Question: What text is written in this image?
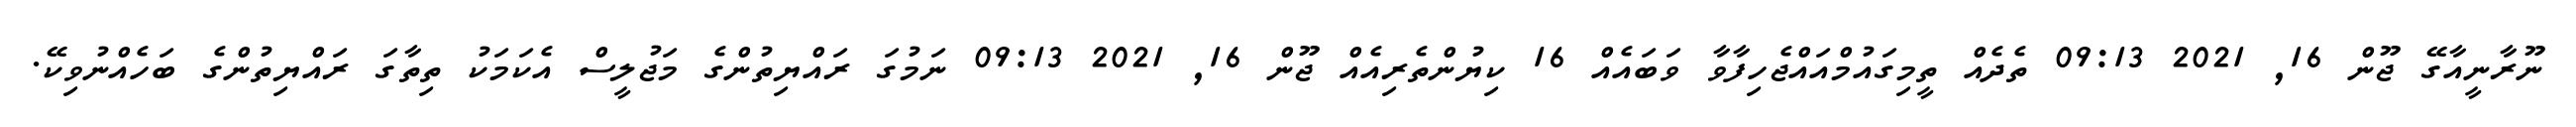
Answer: ނޫރާނީއާގޭ ޖޫން 16, 2021 09:13 ތެދެއް ތީމިގައުމްއައްޖެހިފާވާ ވަބައެއް 16 ކިޔުންތެރިއެއް ޖޫން 16, 2021 09:13 ނަމުގަ ރައްޔިތުންގެ މަޖުލީސް އެކަމަކު ތިތާގަ ރައްޔިތުންގެ ބަހެއްނުވިކޭ.